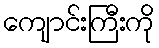
ကျောင်းကြီးကို